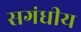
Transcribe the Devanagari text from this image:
सगंधीय